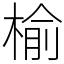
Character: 榆